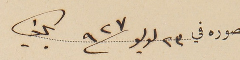
المنصوره في ٢٣ لوليو ٩٢٧ بكفيا